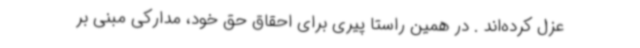
عزل کرده‌اند . در همین راستا پیری برای احقاق حق خود، مدارکی مبنی بر